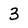
Character: 3